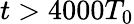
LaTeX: t>4000T_{0}